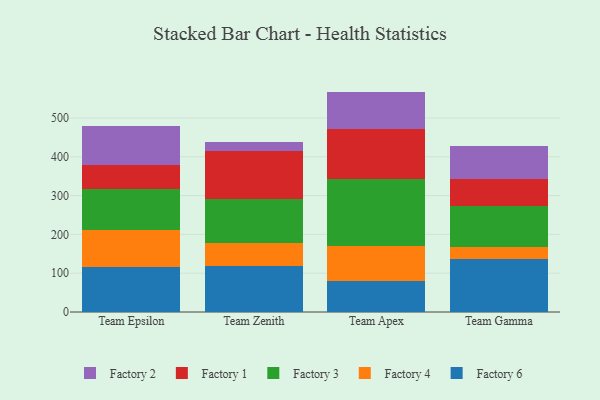
{"axis": {"x": "Team", "y": "Net Income (USD K)"}, "legend": ["Factory 1", "Factory 2", "Factory 3", "Factory 4", "Factory 6"], "data": [{"x": "Team Epsilon", "y": 115.4, "type": "Factory 6"}, {"x": "Team Epsilon", "y": 95.6, "type": "Factory 4"}, {"x": "Team Epsilon", "y": 105.1, "type": "Factory 3"}, {"x": "Team Epsilon", "y": 63.0, "type": "Factory 1"}, {"x": "Team Epsilon", "y": 99.8, "type": "Factory 2"}, {"x": "Team Zenith", "y": 118.8, "type": "Factory 6"}, {"x": "Team Zenith", "y": 59.7, "type": "Factory 4"}, {"x": "Team Zenith", "y": 112.5, "type": "Factory 3"}, {"x": "Team Zenith", "y": 123.5, "type": "Factory 1"}, {"x": "Team Zenith", "y": 24.7, "type": "Factory 2"}, {"x": "Team Apex", "y": 79.5, "type": "Factory 6"}, {"x": "Team Apex", "y": 91.8, "type": "Factory 4"}, {"x": "Team Apex", "y": 171.6, "type": "Factory 3"}, {"x": "Team Apex", "y": 129.5, "type": "Factory 1"}, {"x": "Team Apex", "y": 95.6, "type": "Factory 2"}, {"x": "Team Gamma", "y": 135.6, "type": "Factory 6"}, {"x": "Team Gamma", "y": 31.5, "type": "Factory 4"}, {"x": "Team Gamma", "y": 107.3, "type": "Factory 3"}, {"x": "Team Gamma", "y": 68.8, "type": "Factory 1"}, {"x": "Team Gamma", "y": 85.8, "type": "Factory 2"}]}